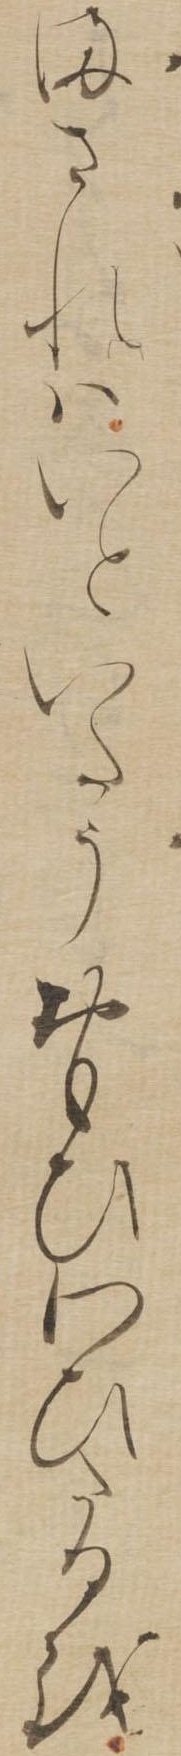
まされはいといたうおもひわひたるを